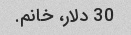
30 دلار، خانم.